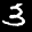
Label: 3